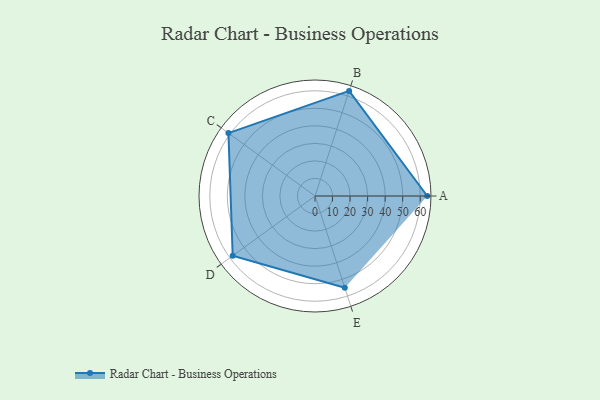
{"axis": {"x": "Skill", "y": "Score"}, "legend": ["Profile"], "data": [{"x": "A", "y": 64.0, "type": "Profile"}, {"x": "B", "y": 63.0, "type": "Profile"}, {"x": "C", "y": 61.0, "type": "Profile"}, {"x": "D", "y": 58.0, "type": "Profile"}, {"x": "E", "y": 55.0, "type": "Profile"}]}